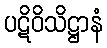
ပဋိဝိသိဋ္ဌာနံ